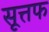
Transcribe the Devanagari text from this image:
सूत्तफ